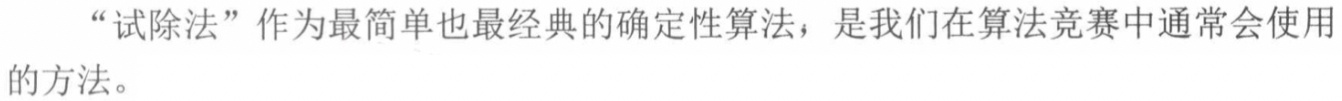
“试除法”作为最简单也最经典的确定性算法，是我们在算法竞赛中通常会使用的方法。